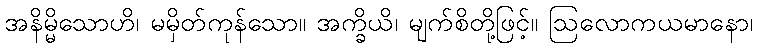
အနိမ္မိသောဟိ၊ မမှိတ်ကုန်သော။ အက္ခိယိ၊ မျက်စိတို့ဖြင့်။ ဩလောကယမာနော၊